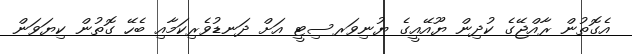
އެގޮތުން ރާއްޖޭގެ ކުދިން ޔޫއޭއީގެ ޔުނިވަރސިޓީ އަށް ދަނޑުވެރިކަމާއި ބެހޭ ގޮތުން ކިޔަވަން